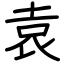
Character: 袁